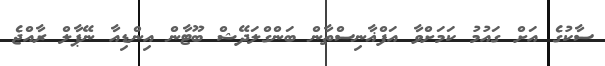
ސާކުގެ އަށް ގައުމު ކަމަށްވާ އަފްޣާނިސްތާން ބަންގްލަދޭޝް ބޫޓާން އިންޑިއާ ނޭޕާލް ރާއްޖެ